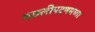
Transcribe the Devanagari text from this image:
मछलीपटणमच्या